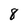
Character: 8